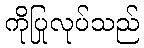
ကိုပြုလုပ်သည်